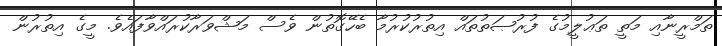
ތަމްރީނާއި މަތީ ތަޢުލީމުގެ ފުރުޞަތުތައް އިތުރުކުރުމާ ބެހޭގޮތުން ވެސް މަޝްވަރާކުރައްވާފައެވެ. މީގެ އިތުރުން